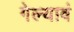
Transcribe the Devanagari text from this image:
गेल्यावं